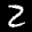
Label: 2